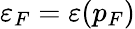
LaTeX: \varepsilon_{F}=\varepsilon(p_{F})